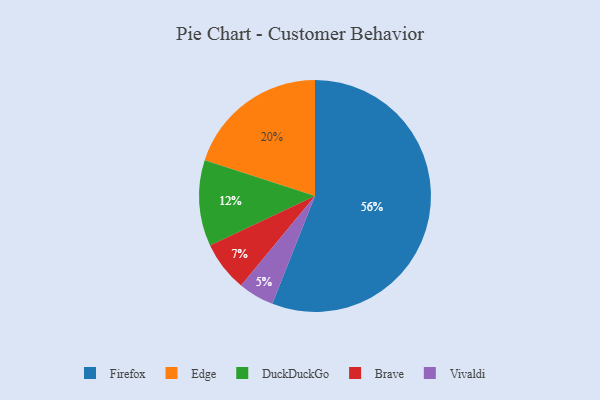
{"axis": {"x": "Category", "y": "Percentage"}, "legend": ["Brave", "DuckDuckGo", "Edge", "Firefox", "Vivaldi"], "data": [{"x": "Edge", "y": 20, "type": "Edge"}, {"x": "Brave", "y": 7, "type": "Brave"}, {"x": "Firefox", "y": 56, "type": "Firefox"}, {"x": "Vivaldi", "y": 5, "type": "Vivaldi"}, {"x": "DuckDuckGo", "y": 12, "type": "DuckDuckGo"}]}